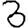
Digit: 3